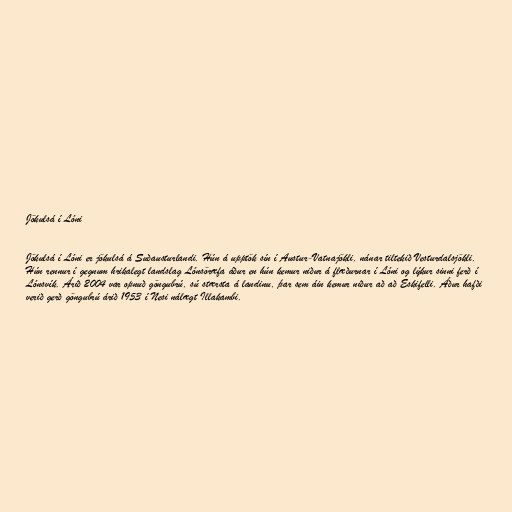
Jökulsá í Lóni

Jökulsá í Lóni er jökulsá á Suðausturlandi. Hún á upptök sín í Austur-Vatnajökli, nánar tiltekið Vesturdalsjökli.
Hún rennur í gegnum hrikalegt landslag Lónsöræfa áður en hún kemur niður á flæðurnar í Lóni og lýkur sinni ferð í
Lónsvík. Árið 2004 var opnuð göngubrú, sú stærsta á landinu, þar sem áin kemur niður að að Eskifelli. Áður hafði
verið gerð göngubrú árið 1953 í Nesi nálægt Illakambi.